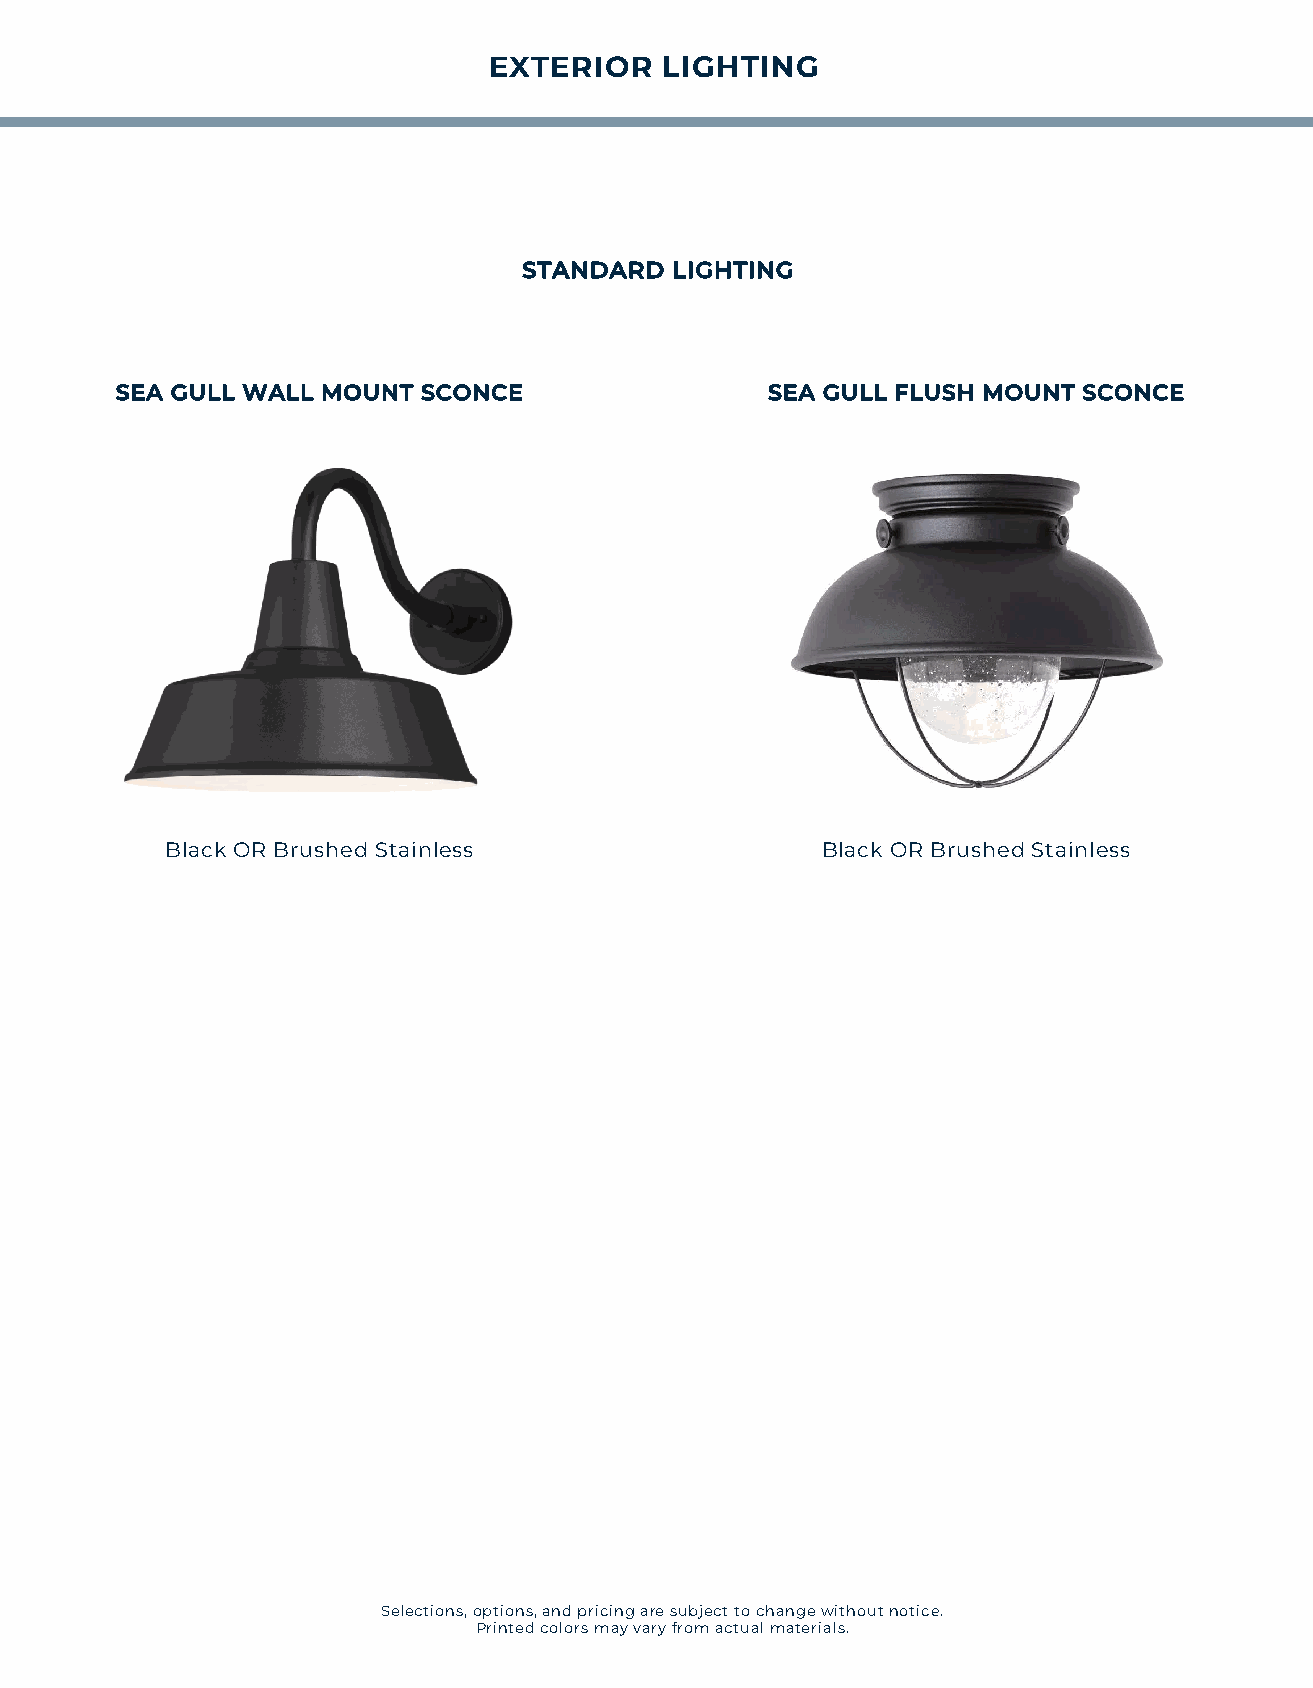
EXTERIOR    LIGHTING
 STANDARD LIGHTING
 SEA GULL WALL MOUNT SCONCE                 SEA GULL FLUSH MOUNT SCONCE
 Black OR Brushed Stainless                 Black OR Brushed Stainless
 Selections, options, and pricing are subject to change without notice.
 Printed colors may vary from actual materials.